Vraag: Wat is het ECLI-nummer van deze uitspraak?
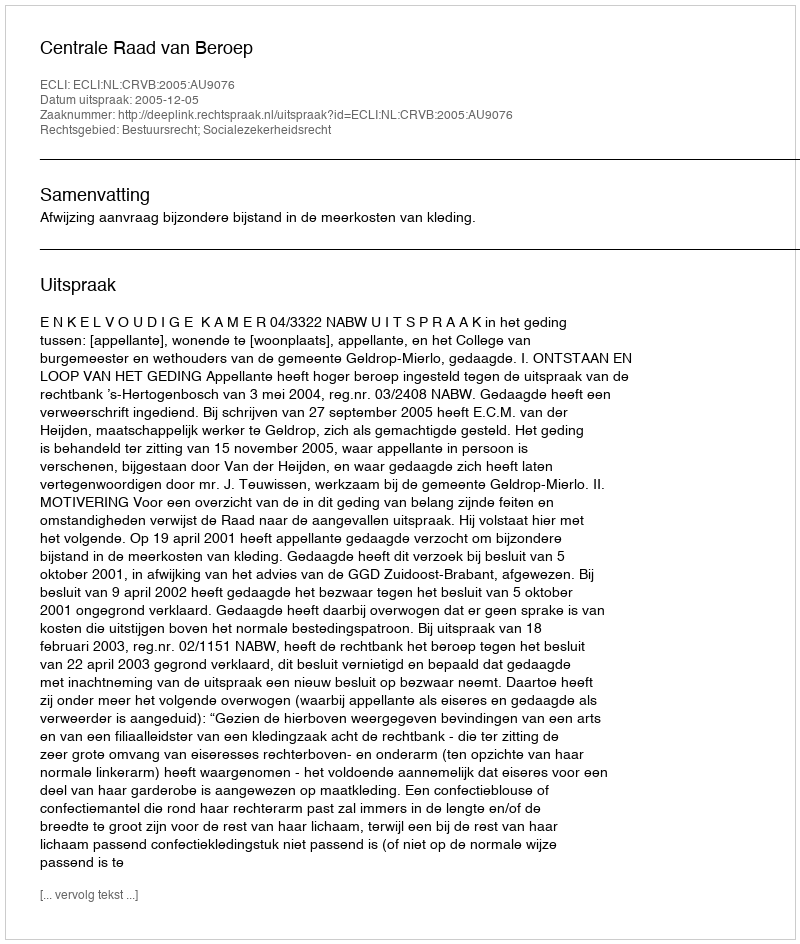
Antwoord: ECLI:NL:CRVB:2005:AU9076